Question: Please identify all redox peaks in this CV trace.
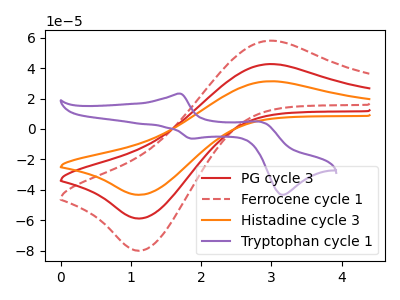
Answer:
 <answer>The red curve "PG cycle 3" has an anodic peak at (2.95V, 42.70uA) and a cathodic peak at (1.15V, -58.80uA). The red dashed curve "Ferrocene cycle 1" has an anodic peak at (2.95V, 85.40uA) and a cathodic peak at (1.15V, -117.55uA). The orange curve "Histadine cycle 3" has an anodic peak at (2.95V, 31.40uA) and a cathodic peak at (1.15V, -43.20uA). The purple curve "Tryptophan cycle 1" has anodic peaks at (1.70V, 23.30uA) (2.85V, 4.70uA) and cathodic peaks at (1.85V, -6.35uA) (3.20V, -43.25uA).</answer>
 <eval></eval>